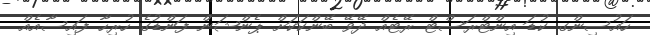
ހައުސިންގ ކުޑަ އިންޓްރަސްޓް ރޭޓެއް ދޭވޭ ބޭންކަކަށް ޕެންޝަން ފަންޑުގެ ހުރިހާ ފައިސާއެއް